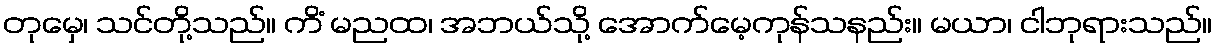
တုမှေ၊ သင်တို့သည်။ ကိံ မညထ၊ အဘယ်သို့ အောက်မေ့ကုန်သနည်း။ မယာ၊ ငါဘုရားသည်။